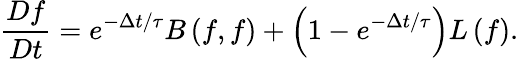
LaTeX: \frac{Df}{Dt}=e^{-\Delta t/\tau}B\left({f,f}\right)+\left({1-e^{-\Delta t/\tau}}\right)L\left({f}\right).